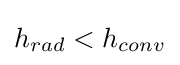
{{h}_{rad}}<{{h}_{conv}}